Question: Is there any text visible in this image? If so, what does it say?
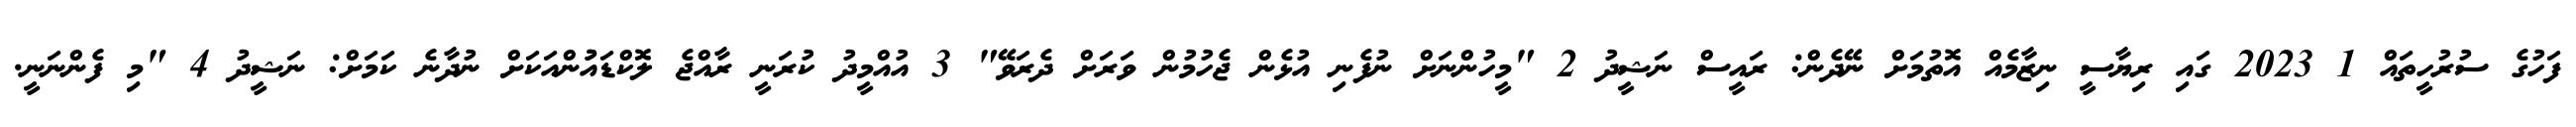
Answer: ފަހުގެ ސުރުހީތައް 1 2023 ގައި ރިޔާސީ ނިޒާމެއް އޮތުމަށް ނޭދެން: ރައީސް ނަޝީދު 2 "މީހުންނަށް ނުފެނި އުޅެން ޖެހުމުން ވަރަށް ދެރަވޭ" 3 އުއްމީދު ކުރަނީ ރާއްޖެ ލޮކްޑައުުންއަކަށް ނުދާނެ ކަމަށް: ނަޝީދު 4 "މި ފެންނަނީ.